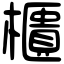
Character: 櫃